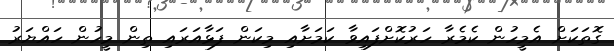
ގޮތަކަށް އެމީހުން ކެމެރާ ހަރުކޮށްފައިވާ ކަމަށާއި މިކަން ފަޅާއަރައި ތިން މީހުން ހައްޔަރު